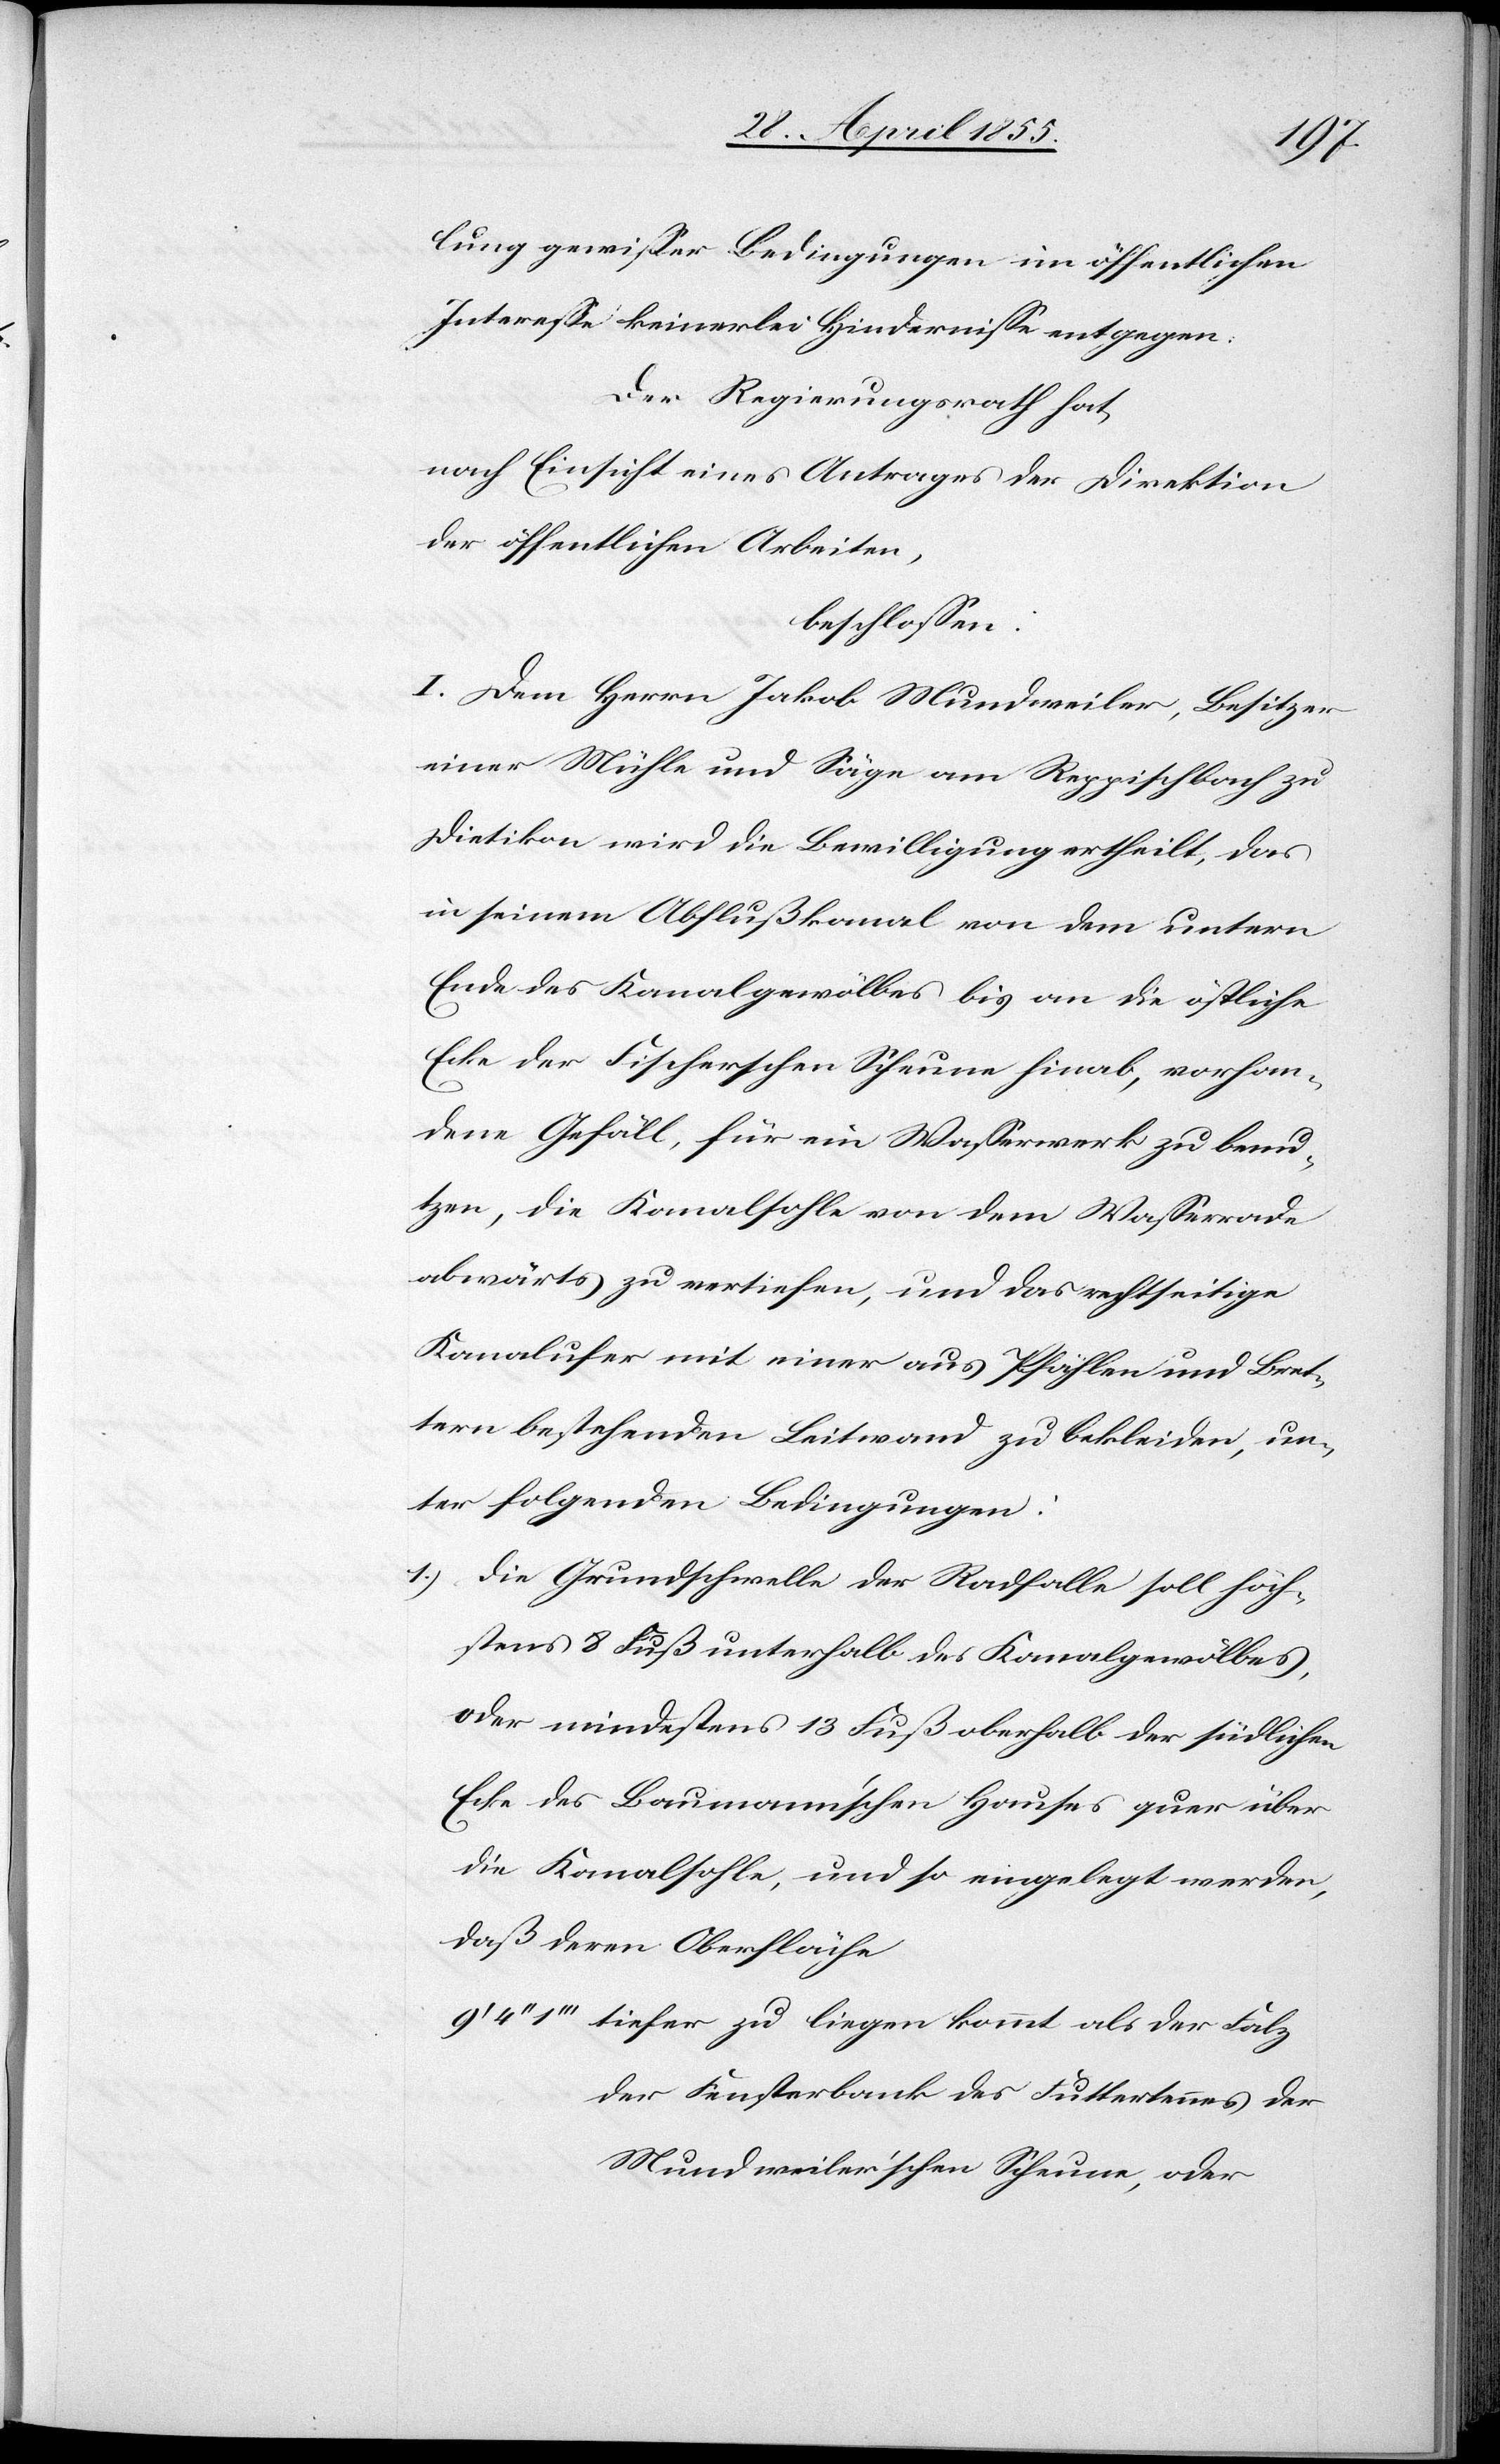
lung gewisser Bedingungen im öffentlichen
Interesse keinerlei Hindernisse entgegen.
Der Regierungsrath hat,
nach Einsicht eines Antrages der Direktion
der öffentlichen Arbeiten,
beschlossen:
I. Dem Herrn Jakob Mundweiler, Besitzer
einer Mühle und Säge am Reppischbach zu
Dietikon wird die Bewilligung ertheilt, das
in seinem Abflußkanal von dem untern
Ende des Kanalgewölbes bis an die östliche
Ecke der Fischerschen Scheune hinab, vorhan¬
dene Gefäll, für ein Wasserwerk zu benu¬
tzen, die Kanalsohle von dem Wasserrade
abwärts zu vertiefen, und das rechtseitige
Kanalufer mit einer aus Pfählen und Bret¬
tern bestehenden Leitwand zu bekleiden, un¬
ter folgenden Bedingungen:
Die Grundschwelle der Radfalle soll höch¬
stens 8 Fuß unterhalb des Kanalgewölbes,
oder mindestens 13 Fuß oberhalb der südlichen
Ecke des Baumann’schen Hauses quer über
die Kanalsohle, und so eingelegt werden,
daß deren Oberfläche
tiefer zu liegen kommt als der Falz
der Fensterbank des Futtertennes der
Mundweiler’schen Scheune, oder